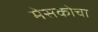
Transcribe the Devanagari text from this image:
मेसकोचा